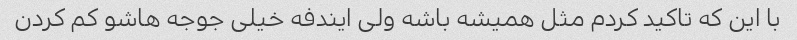
با این که تاکید کردم مثل همیشه باشه ولی ایندفه خیلی جوجه هاشو کم کردن